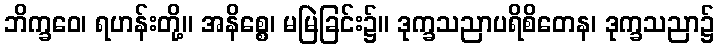
ဘိက္ခဝေ၊ ရဟန်းတို့။ အနိစ္စေ၊ မမြဲခြင်း၌။ ဒုက္ခသညာပရိစိတေန၊ ဒုက္ခသညာ၌